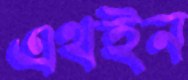
এথইন